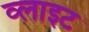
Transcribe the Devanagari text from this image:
व्‍लाइट